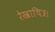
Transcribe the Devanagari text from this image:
रेखाचित्र।